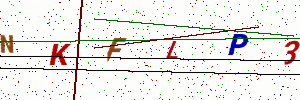
Text: NKFLP3